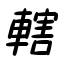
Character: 轄